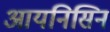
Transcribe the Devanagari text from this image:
आयनिसिन